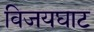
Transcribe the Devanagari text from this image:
विजयघाट